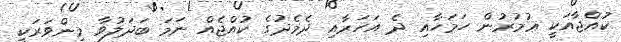
ކުއްޖާއަކީ ޢުމުރުން ހަމަހާއި ދެ އަހަރާއި ދެމެދުގެ ކުއްޖެއް ނަމަ ބަދަލުވާ މިންވަރަކީ